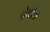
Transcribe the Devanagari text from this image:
देवोत